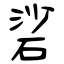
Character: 硰